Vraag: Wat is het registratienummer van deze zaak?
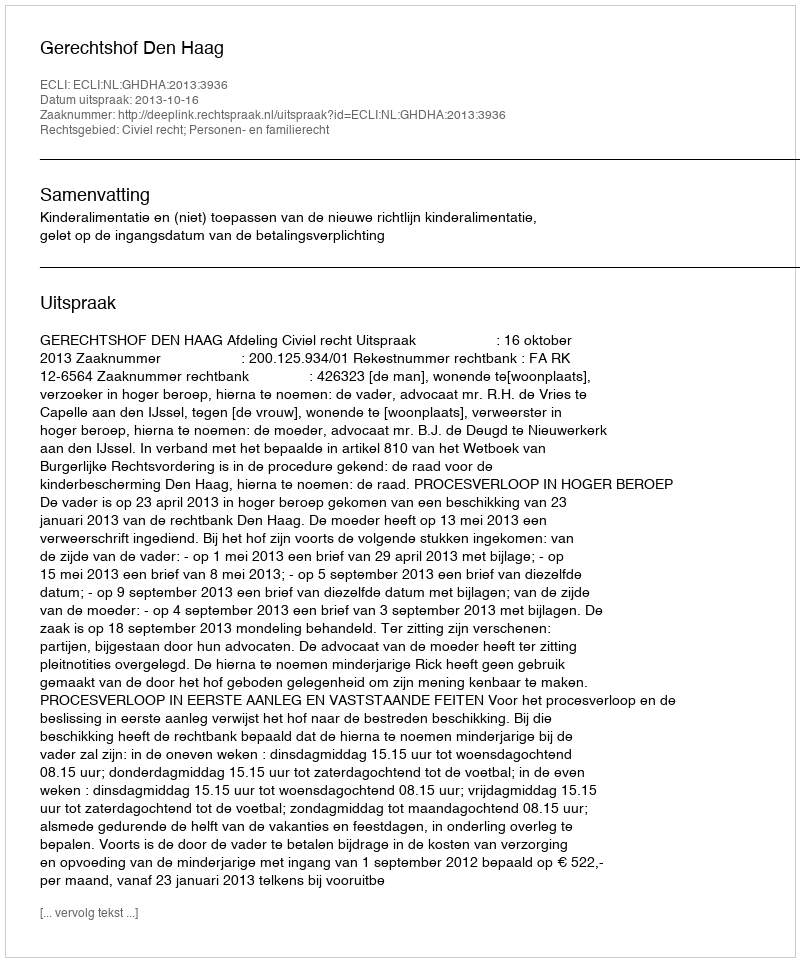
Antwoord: http://deeplink.rechtspraak.nl/uitspraak?id=ECLI:NL:GHDHA:2013:3936